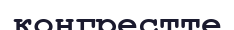
конгрестте